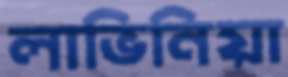
লাভিনিয়া